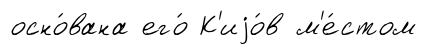
осно́вана его́ К'иjо́в м'е́стом